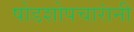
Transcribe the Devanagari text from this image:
षोडशोपचारांनी